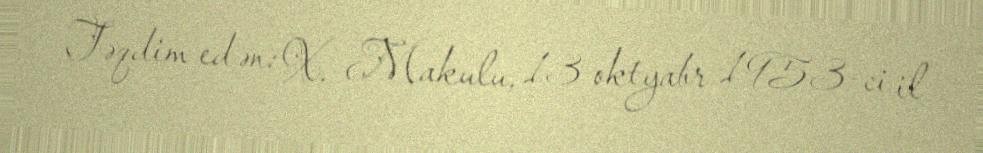
Təqdim edən: X. Makulu, 13 oktyabr 1953-ci il